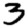
Digit: 3